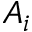
A _ { i }